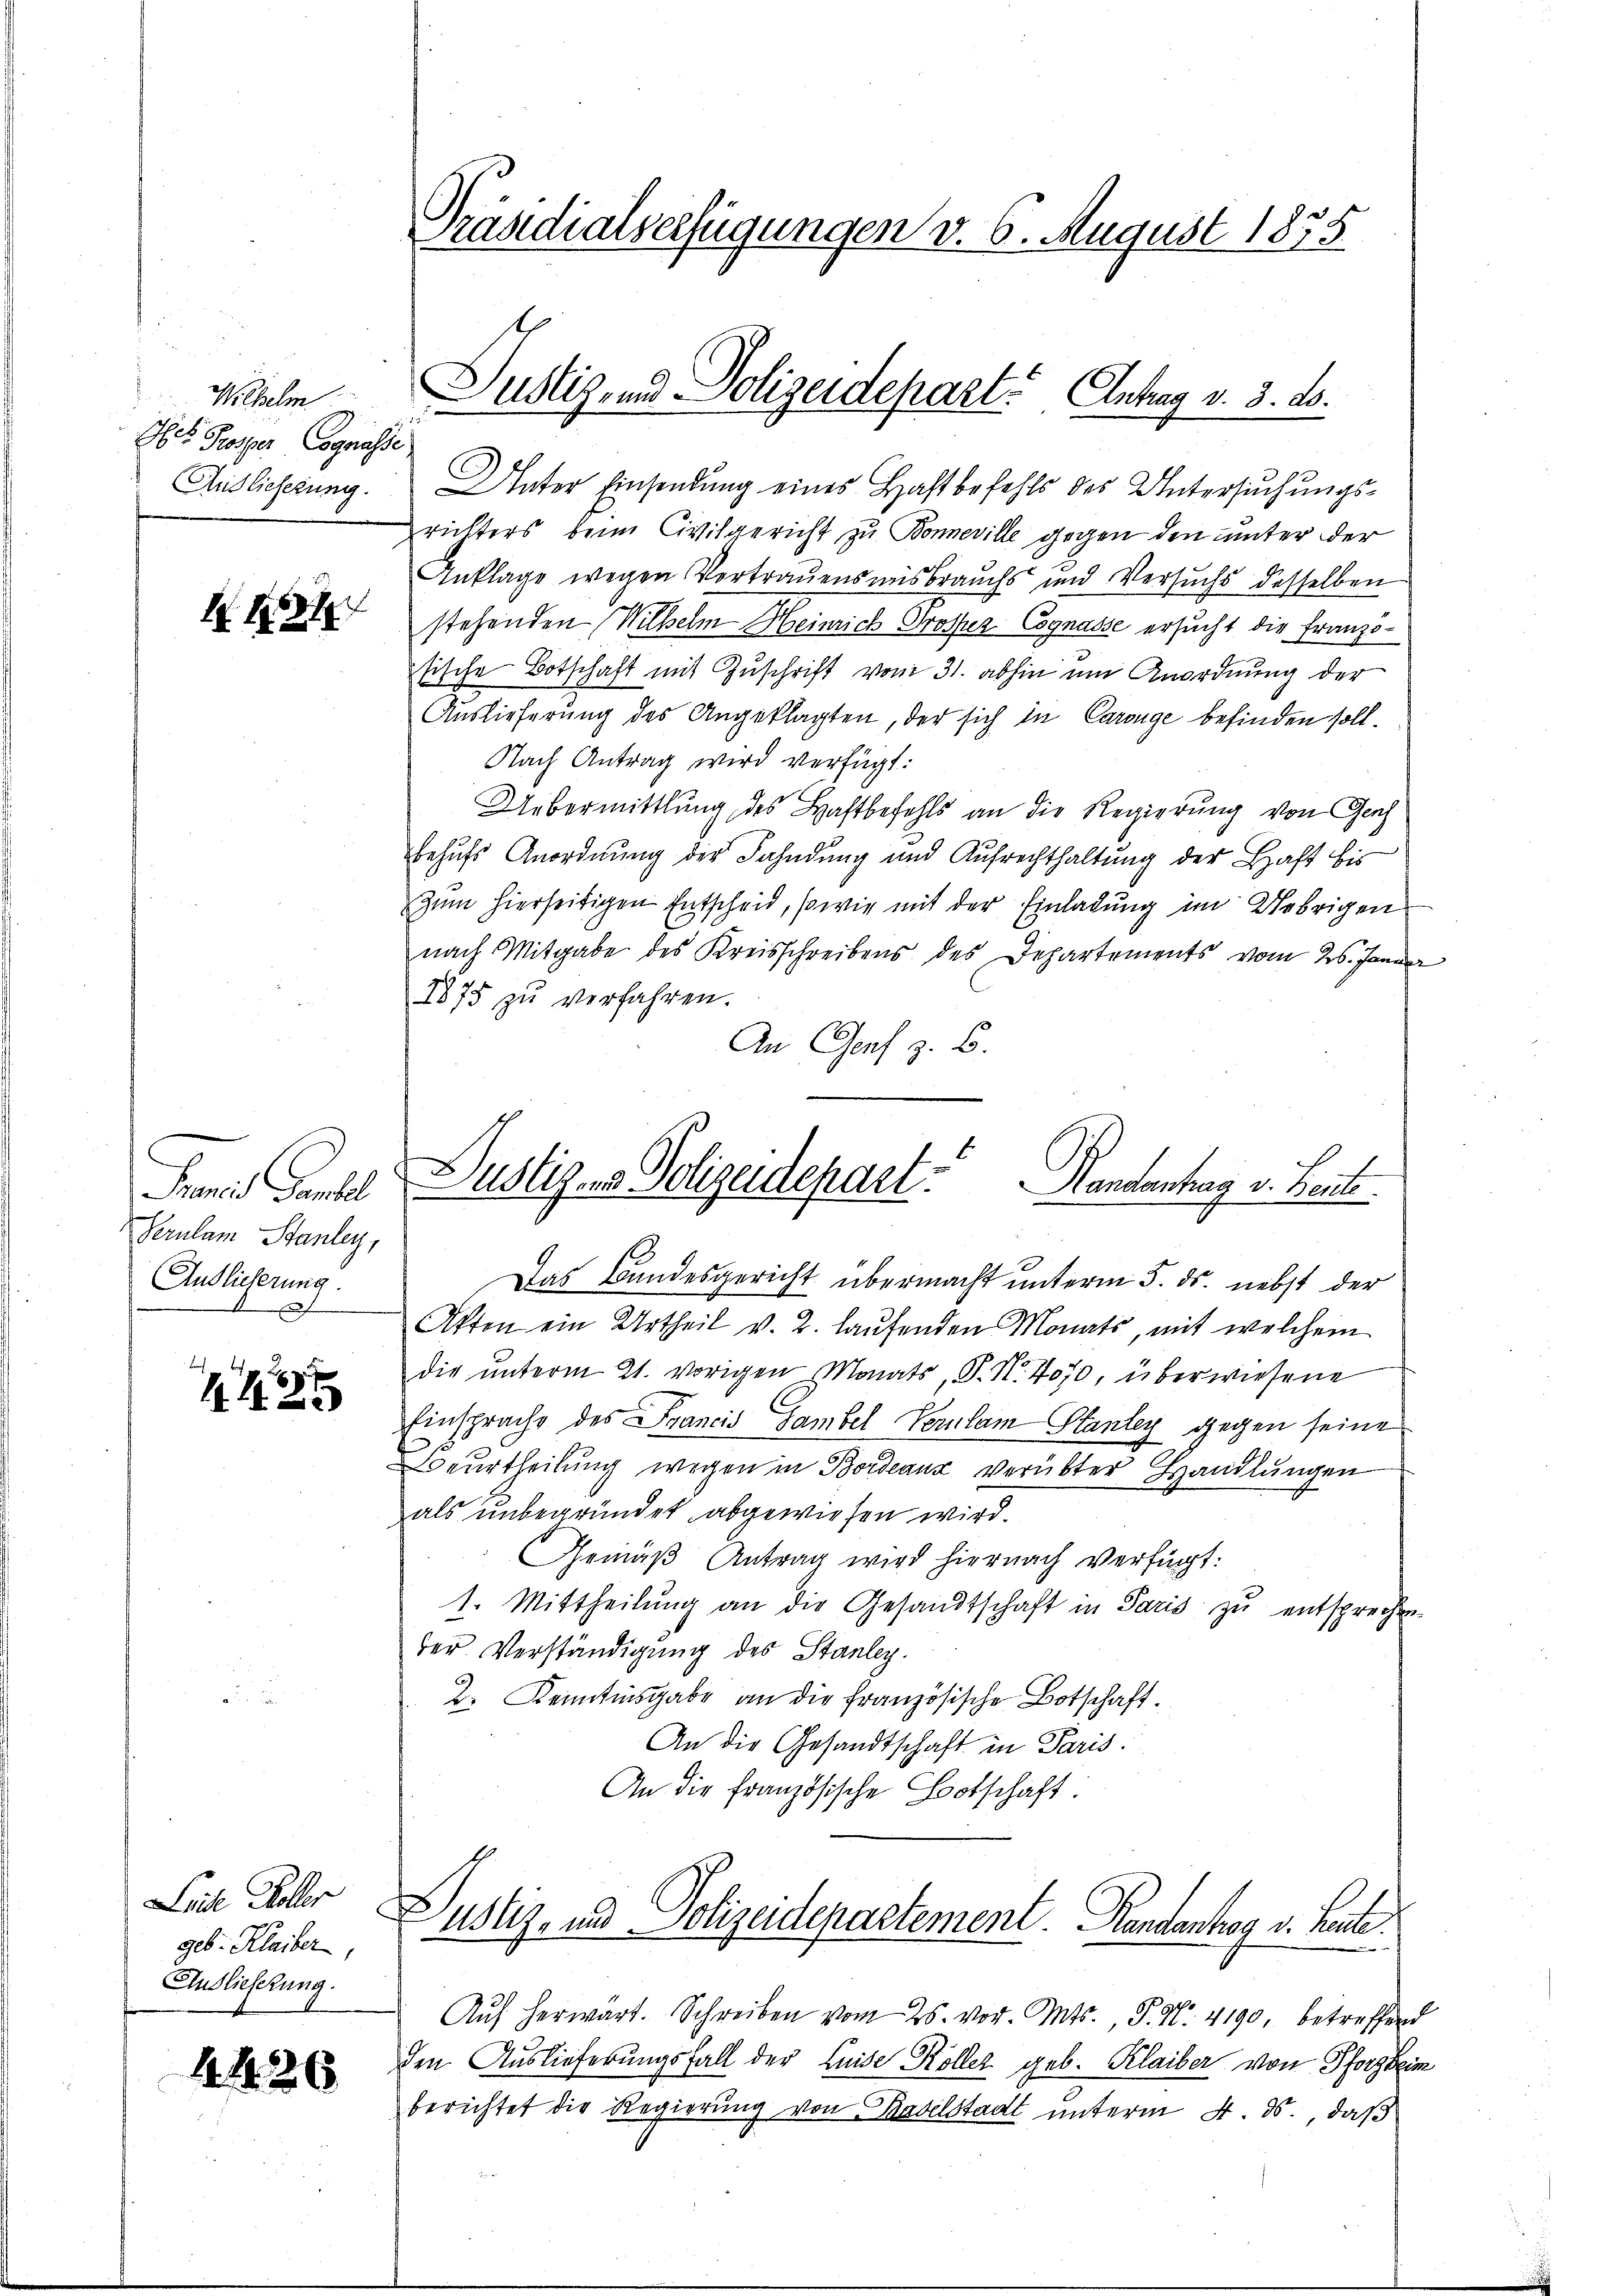
Wilhelm
Hes Prosper Cognasse
Auis lieferung.

K.137

Fand Packl
Serulam Stanley,
Andlicherung.

Leide Koller
geb. Klaiber,
Anslieferung.

44426

Präsidialverfügungen v. 6. August 1835

Justizend Polizeidepart. Antrag v. 3. ds.

Justiz- & Polizeidepart. Handentrag v. Beite

Unter Einsendung eines Haftbefehls des Untersuchungsrichters beim Civilgericht zu Bonneville gegen den unter der
Anklage wegen Vertrauensmisbrauchs und Versuchs desselben
stehenden Wilhelm Heinrich Prosper Cognasse ersucht die Franzötische Botschaft mit Zuschrift vom 31. abhin am Anordnung der
Auslieferung des Angeklagten, der sich in Carouge befinden soll.
Nach Antrag wird verfügt:
Uebermittlung des Haftbefehls an die Regierung von Geh
Behufs Anordnung der Fahndung und Aufrechthaltung der Haft bis
Zum hierseitigen Entscheid, sowie mit der Einladung im Uebrigen
nach Mitgabe des Kreisschreibens des Departements vom 26. Januar
1875 zu verfahren.
An Genf z. B.
Das Bundesgericht übermacht unterm 5. ds. nebst der
Atten ein Urtheil v. 2. laŭfenden Monats, mit welchem
die ŭnterm 21. vorigen Monats, P. Nr. 4070, überwiesene
Einsprache des Francis Sambel Verulam Stantey gegen seine
Beurtheilung wegen in Bordeaux verübter Handlungen
als unbegründet abgewiesen wird.
GGemäß Antrag wird hiernach verfügt:
1. Mittheilung an die Gesandtschaft in Paris zu entsprechen.
ber Verständigung des Stanley.
2. Kenntnisgabe an die französische Botschaft.
An die Gesandtschaft in Paris.
An die französische Botschaft.
ustiz, und Polizeidepartement. Handentrag v. Leute
Aŭf herwärt. Schreiben vom 25. vor. Mts., P. N. 4190, betreffend
den Auslieferungsfall der Leide Koller geb. Klaiber von Pforzheim
berichtet die Regierung von Baselstadt unterm 4. ds., daß